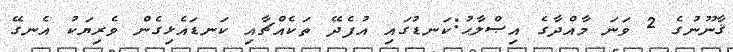
ޤާނޫނުގެ 2 ވަނަ މާއްދާގެ އިޞްލާޙު:ކަނޑުގައި އުފެދޭ ތަކެއްޗާއި ކަނޑައެޅިގެން ވެރިޔަކު އެނގޭ